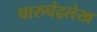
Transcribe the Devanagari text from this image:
चारुचंद्रलेख